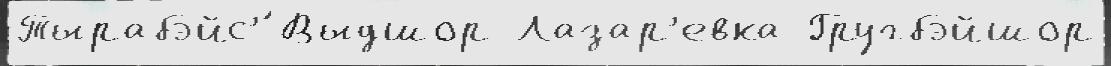
Тырабэйс'́ Выдшор Лазар'евка Гругбэйшор